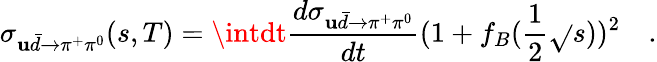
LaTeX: \sigma_{\mathbf{u}\bar{{d}}\to\pi^{+}\pi^{0}}(s,T)=\intdt\frac{{d\sigma_{\mathbf{u}\bar{{d}}\to\pi^{+}\pi^{0}}}}{{dt}}(1+f_{B}(\frac{{1}}{{2}}\sqrt{}{{s}}))^{2}\quad.